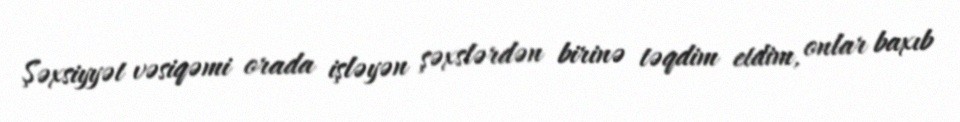
Şəxsiyyət vəsiqəmi orada işləyən şəxslərdən birinə təqdim etdim, onlar baxıb